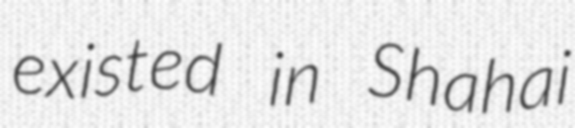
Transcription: existed in Shahai